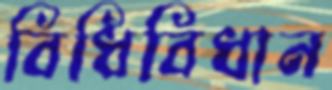
বিধিবিধান